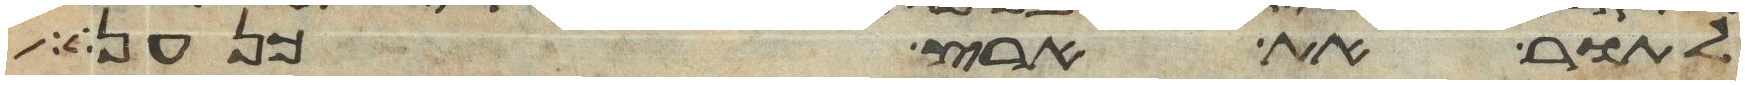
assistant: לתור את ארץ כנען